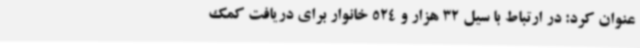
عنوان کرد: در ارتباط با سیل 32 هزار و 524 خانوار برای دریافت کمک